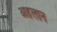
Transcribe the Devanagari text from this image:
अहलान